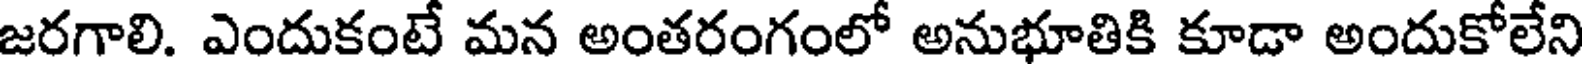
జరగాలి. ఎందుకంటే మన అంతరంగంలో అనుభూతికి కూడా అందుకోలేని